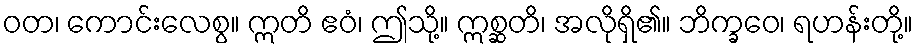
ဝတ၊ ကောင်းလေစွ။ ဣတိ ဧဝံ၊ ဤသို့။ ဣစ္ဆတိ၊ အလိုရှိ၏။ ဘိက္ခဝေ၊ ရဟန်းတို့။